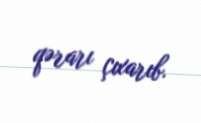
qərarı çıxarıb.